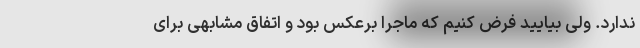
ندارد. ولی بیایید فرض کنیم که ماجرا برعکس بود و اتفاق مشابهی برای